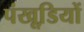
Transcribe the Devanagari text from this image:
पंखूडि़यों